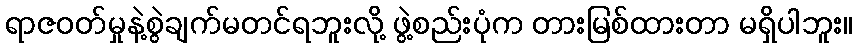
ရာဇဝတ်မှုနဲ့စွဲချက်မတင်ရဘူးလို့ ဖွဲ့စည်းပုံက တားမြစ်ထားတာ မရှိပါဘူး။